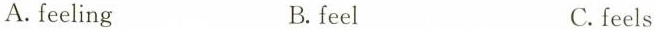
A.feeling B.feel C.feels